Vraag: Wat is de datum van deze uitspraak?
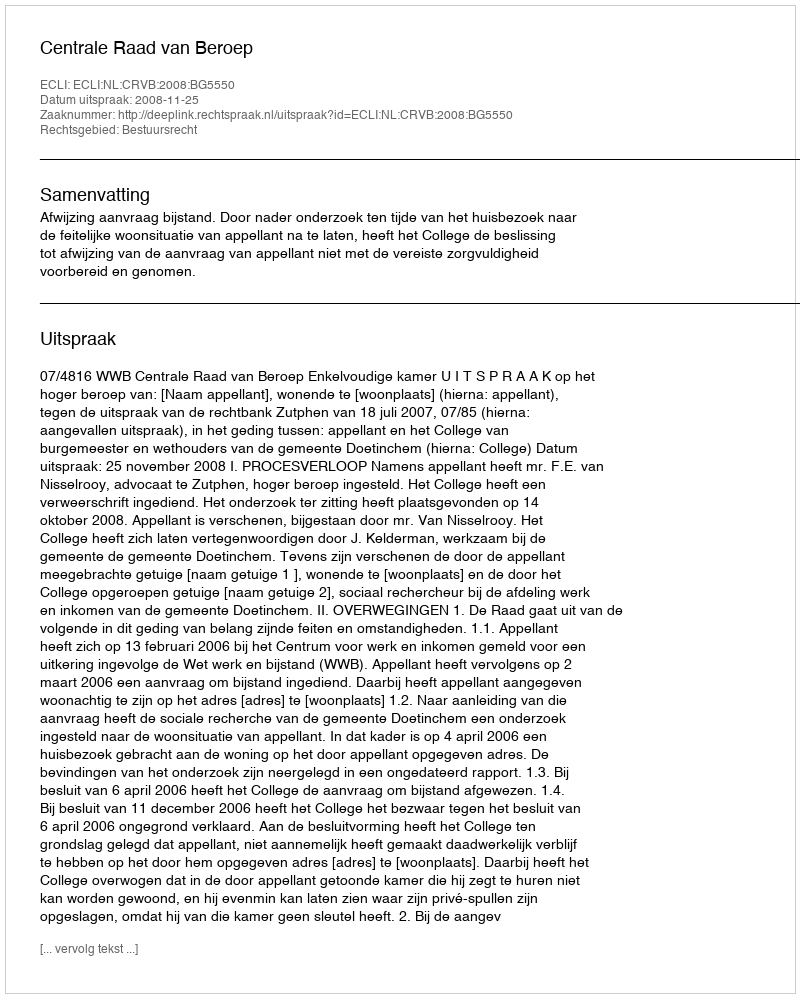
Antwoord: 2008-11-25